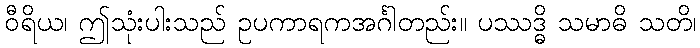
ဝီရိယ၊ ဤသုံးပါးသည် ဥပကာရကအင်္ဂါတည်း။ ပဿဒ္ဓိ သမာဓိ သတိ၊